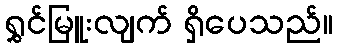
ရွှင်မြူးလျက် ရှိပေသည်။